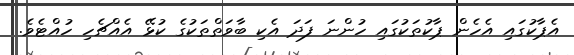
އެޕާކުގައި އެހެން ޕާކުތަކުގައި ހުންނަ ފަދަ އެކި ބާވަތްތަކުގެ ކުޅޭ އެއްޗެހި ހުއްޓެވެ.